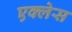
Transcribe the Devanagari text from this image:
एक्लेस